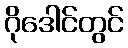
ဂိုဒေါင်တွင်